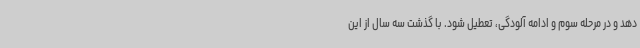
دهد و در مرحله سوم و ادامه آلودگی، تعطیل شود. با گذشت سه سال از این